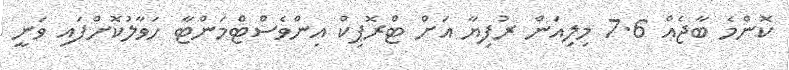
ކޮންމެ ބާޖެއް 7.6 މިލިއަން ރުފިޔާ އަށް ޓްރޮޕިކް އިންވެސްޓްމަންޓާ ހަވާލުކޮށްފައި ވަނީ